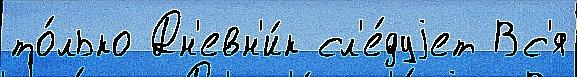
то́лько Дн'евн'и́к сл'е́дуjет Вс'я